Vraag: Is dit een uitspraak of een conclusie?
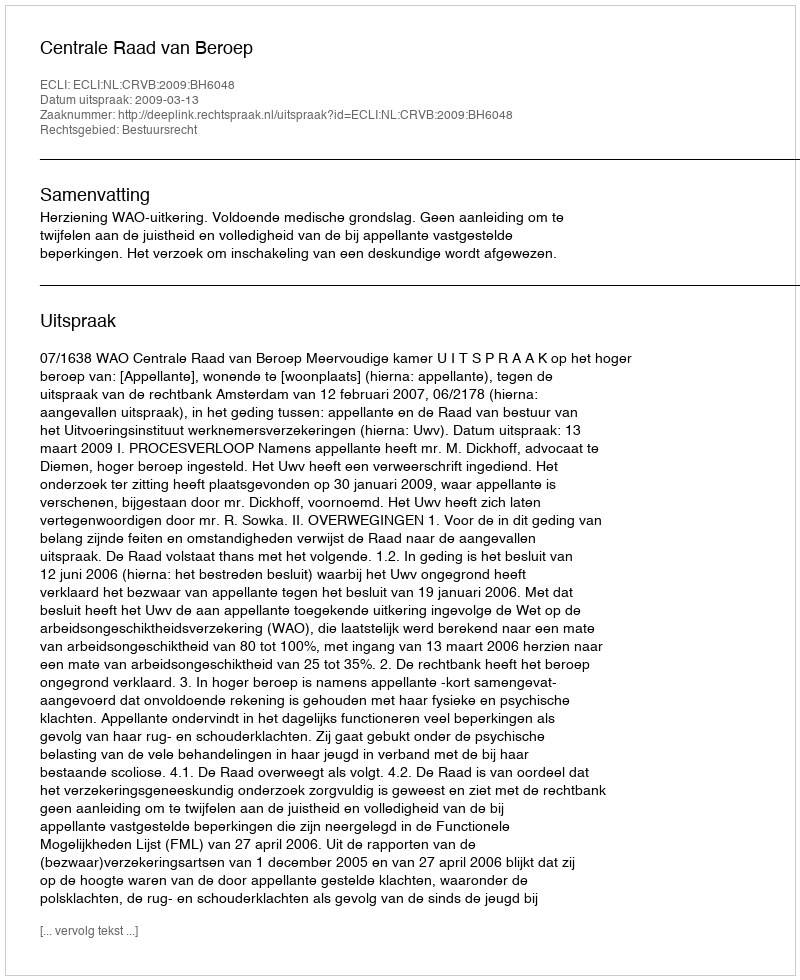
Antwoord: Uitspraak